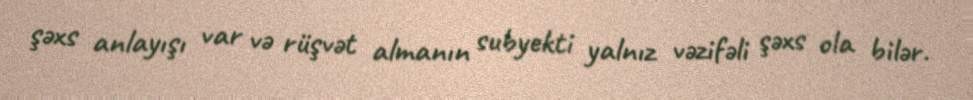
şəxs anlayışı var və rüşvət almanın subyekti yalnız vəzifəli şəxs ola bilər.